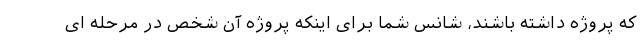
که پروژه داشته باشند، شانس شما برای اینکه پروژه آن شخص در مرحله ای